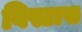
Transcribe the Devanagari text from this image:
विस्टास